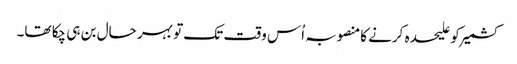
کشمیر کو علیحدہ کرنے کامنصوبہ اُس وقت تک تو بہر حال بن ہی چکا تھا۔